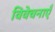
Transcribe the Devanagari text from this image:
विवेचनाएँ